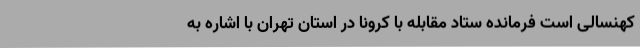
کهنسالی است فرمانده ستاد مقابله با کرونا در استان تهران با اشاره به